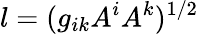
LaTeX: l=(g_{ik}A^{i}A^{k})^{1/2}